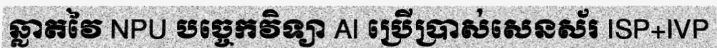
ឆ្លាតវៃ NPU បច្ចេកវិទ្យា AI ប្រើប្រាស់សេនស័រ ISP+IVP